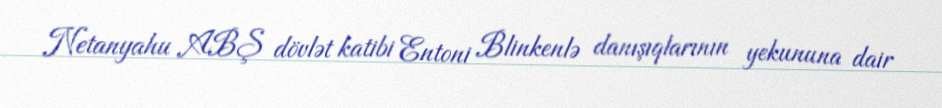
Netanyahu ABŞ dövlət katibi Entoni Blinkenlə danışıqlarının yekununa dair